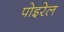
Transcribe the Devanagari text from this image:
पोइरेल